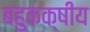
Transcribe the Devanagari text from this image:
बहुकक्षीय